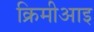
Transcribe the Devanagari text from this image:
क्रिमीआइ